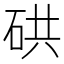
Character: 硔